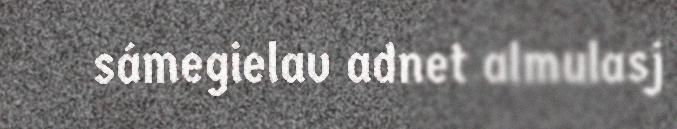
sámegielav adnet almulasj